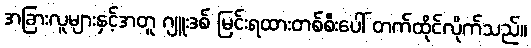
အခြားလူများနှင့်အတူ ဂျူးဒစ် မြင်းရထားတစ်စီးပေါ် တက်ထိုင်လိုက်သည်။